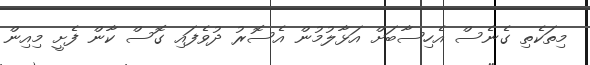
މިތަކެތި ގެނެސް އެހިސާބަށް އަޅާލުމުން އެސޮރު ދުވެފައި ގޮސް ކާން ފެށީ މިއިން